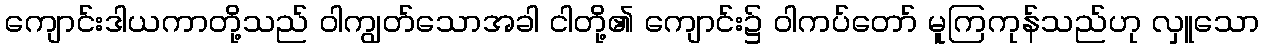
ကျောင်းဒါယကာတို့သည် ဝါကျွတ်သောအခါ ငါတို့၏ ကျောင်း၌ ဝါကပ်တော် မူကြကုန်သည်ဟု လှူသော